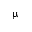
\upmu